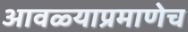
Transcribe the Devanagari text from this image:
आवळ्याप्रमाणेच